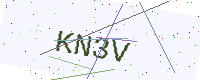
Text: KN3V